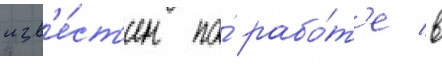
изв'е́ст'ен по́ рабо́т'е в